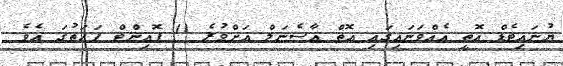
ޔުނައިޓެޑް އޮތީ އެއްވަނައިގައި އޮތް އާސެނަލް އަށްވުރެ 11 ޕޮއިންޓް ފަހަތުގަ އެވެ.